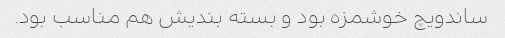
ساندویچ خوشمزه بود و بسته بندیش هم مناسب بود.